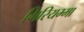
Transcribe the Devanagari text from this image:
गिरियम्मा